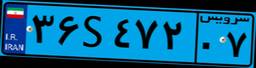
۳۶S۴۷۲۰۷